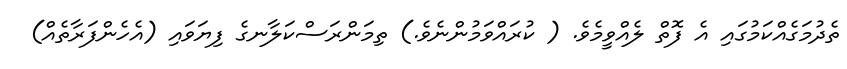
ތެދުމަގެއްކަމުގައި އެ ފޮތް ލެއްވީމެވެ. ( ކުރައްވަމުންނެވެ.) ތިމަންރަސްކަލާނގެ ފިޔަވައި (އެެހެންފަރާތެއް)